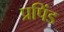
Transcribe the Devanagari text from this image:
प्रपिंड